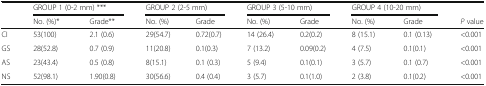
| <ROWSPAN=2>  | <COLSPAN=2> GROUP 1 (0-2 mm) *** | <COLSPAN=2> GROUP 2 (2-5 mm) | <COLSPAN=2> GROUP 3 (5-10 mm) | <COLSPAN=2> GROUP 4 (10-20 mm) |  |
 | No. (%)* | Grade** | No. (%) | Grade | No. (%) | Grade | No. (%) | Grade | P value |
 | --- | --- | --- | --- | --- | --- | --- | --- | --- | --- |
 | CI | 53(100) | 2.1 (0.6) | 29(54.7) | 0.72(0.7) | 14 (26.4) | 0.2(0.2) | 8 (15.1) | 0.1 (0.13) | <0.001 |
 | GS | 28(52.8) | 0.7 (0.9) | 11(20.8) | 0.1(0.3) | 7 (13.2) | 0.09(0.2) | 4 (7.5) | 0.1(0.1) | <0.001 |
 | AS | 23(43.4) | 0.5 (0.8) | 8(15.1) | 0.1 (0.3) | 5 (9.4) | 0.1(0.1) | 3 (5.7) | 0.1 (0.7) | <0.001 |
 | NS | 52(98.1) | 1.90(0.8) | 30(56.6) | 0.4 (0.4) | 3 (5.7) | 0.1(1.0) | 2 (3.8) | 0.1(0.2) | <0.001 |